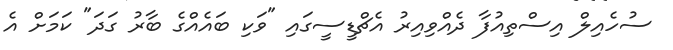
ސުހެއިލް އިސްތިއުފާ ދެއްވިއިރު އެޗްޑީސީގައި "ވަކި ބައެއްގެ ބާރު ގަދަ" ކަމަށް އެ